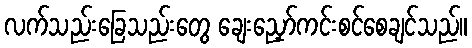
လက်သည်းခြေသည်းတွေ ချေးညှော်ကင်းစင်စေချင်သည်။